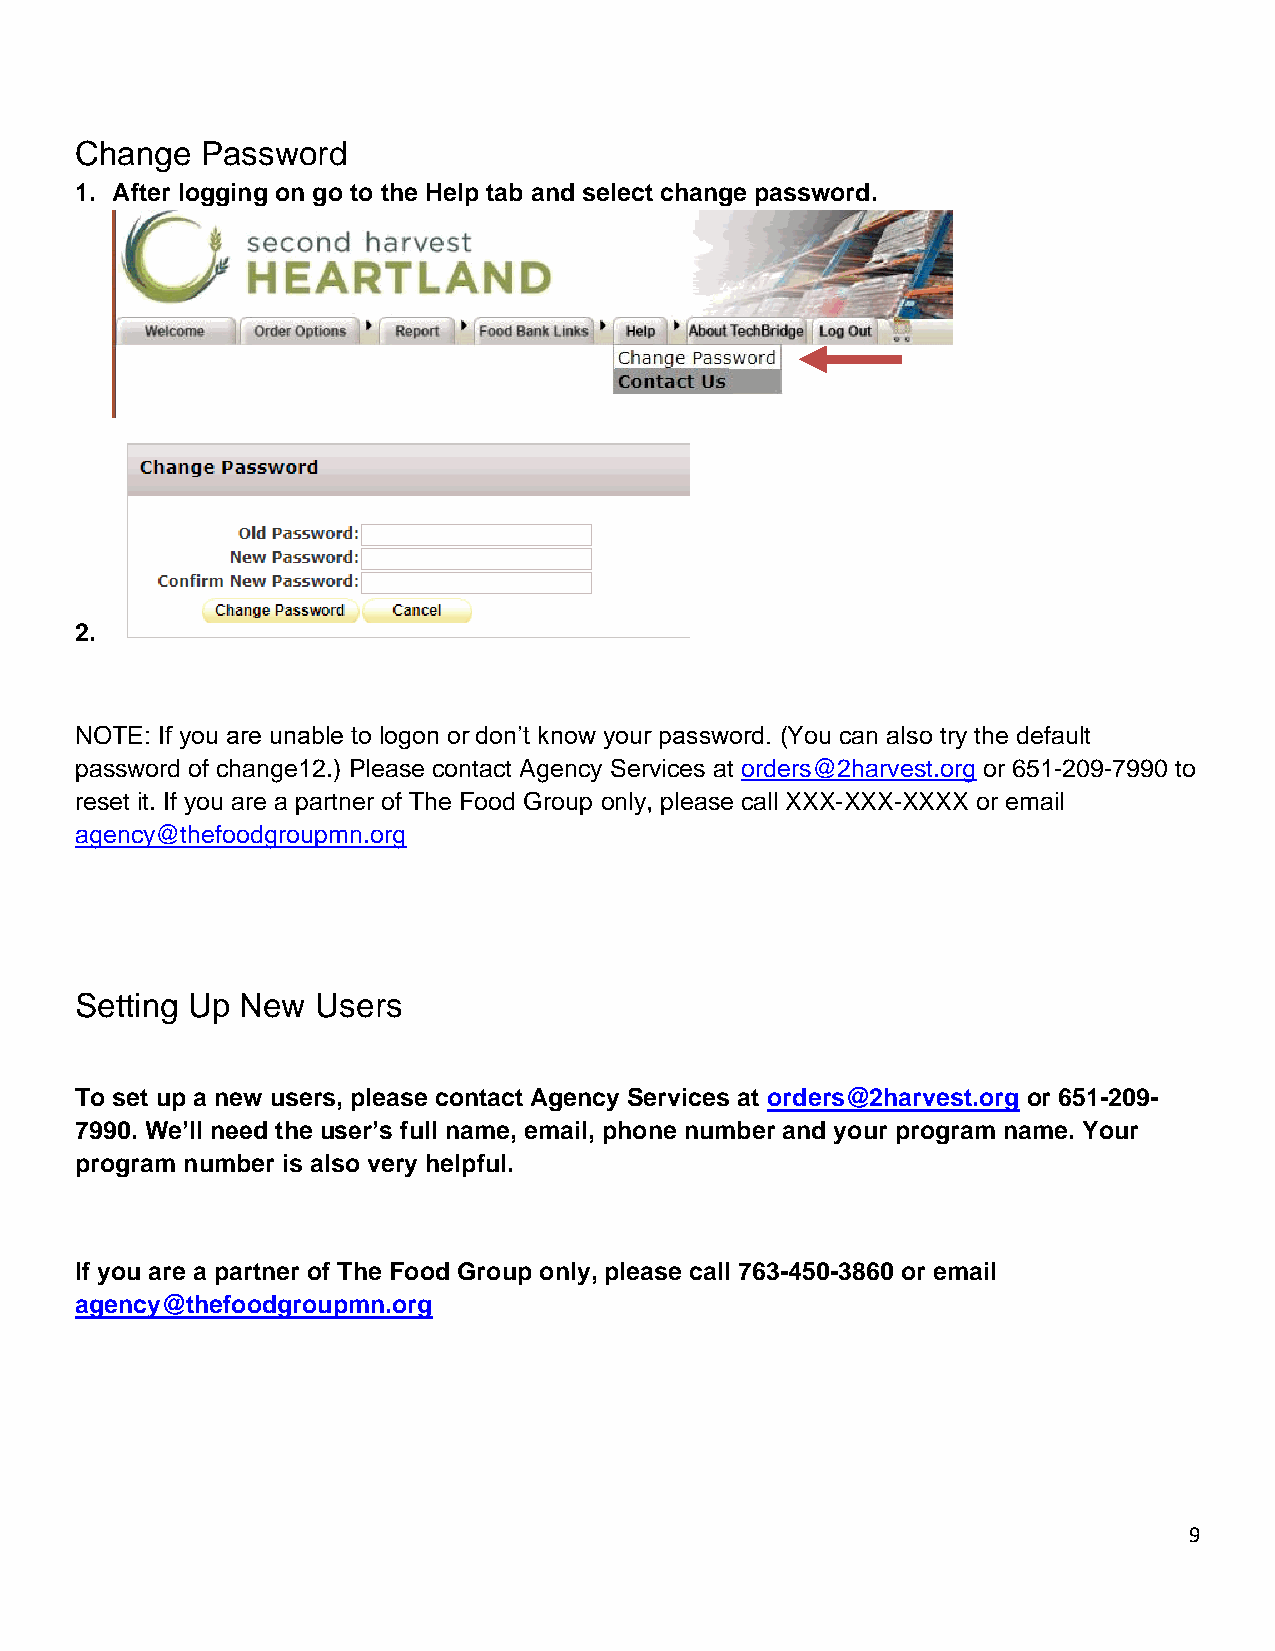
Change  Password
 1. After logging on go to the Help tab and select change password.
 2.
 NOTE: If you are unable to logon or don’t know your password. (You can also try the default
 password of change12.) Please contact Agency Services at orders@2harvest.org or 651-209-7990 to
 reset it. If you are a partner of The Food Group only, please call XXX-XXX-XXXX or email
 agency@thefoodgroupmn.org
 Setting Up New  Users
 To set up a new users, please contact Agency Services at orders@2harvest.org or 651-209-
 7990. We’ll need the user’s full name, email, phone number and your program name. Your
 program number is also very helpful.
 If you are a partner of The Food Group only, please call 763-450-3860 or email
 agency@thefoodgroupmn.org
 9